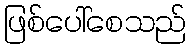
ဖြစ်ပေါ်စေသည်